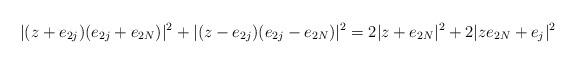
LaTeX: \begin{align*}\vert (z+e_{2j})(e_{2j}+e_{2N})\vert^2+\vert (z-e_{2j})(e_{2j}-e_{2N})\vert^2=2\vert z+e_{2N}\vert^2+2 \vert ze_{2N}+e_j\vert^2\\\end{align*}